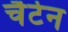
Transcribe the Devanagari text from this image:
चैटेन